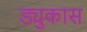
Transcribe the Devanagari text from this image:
ड्युकास